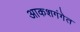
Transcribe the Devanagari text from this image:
आकशगंगेत